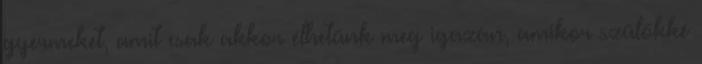
gyermeket, amit csak akkor élhetünk meg igazán, amikor szülőkké